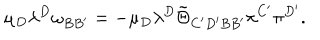
\mu _ { D } \lambda ^ { D } \omega _ { B B ^ { \prime } } = - \mu _ { D } \lambda ^ { D } \tilde { \Theta } _ { C ^ { \prime } D ^ { \prime } B B ^ { \prime } } \pi ^ { C ^ { \prime } } \pi ^ { D ^ { \prime } } .